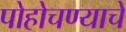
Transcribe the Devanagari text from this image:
पोहोचण्‍याचे